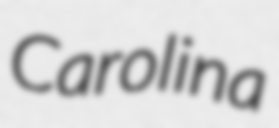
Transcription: Carolina